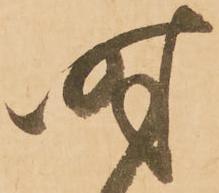
時